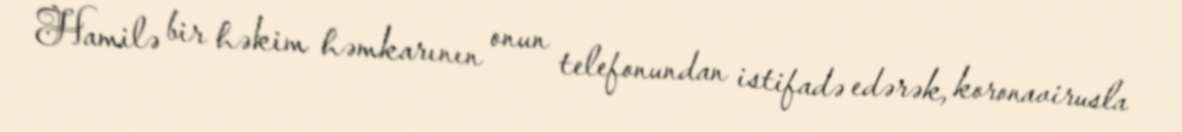
Hamilə bir həkim həmkarının onun telefonundan istifadə edərək, koronavirusla